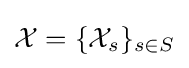
{\mathcal {X}}=\{{\mathcal {X}}_{s}\}_{s\in S}